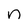
Character: n